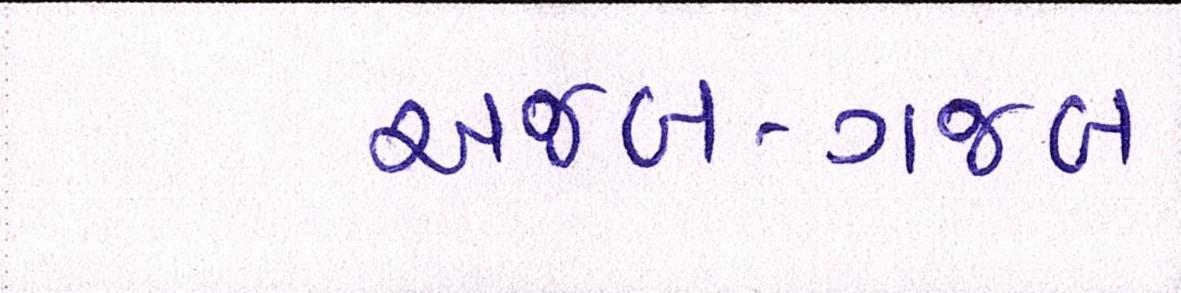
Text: અજબ-ગજબ